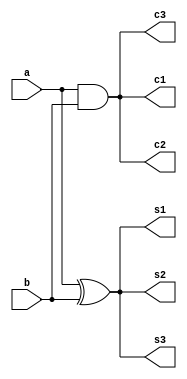
module half_adder(a,b,s1,c1,s2,c2,s3,c3);
  
    input wire a,b;
    output reg s1,c1,s2,c2;
    output s3,c3;
  
  xor X1(s1,a,b);   
 and X2(c1,a,b);
  
  assign s3 = a ^ b;     
  assign c3 = a & b;
  
  
 always @(a,b)      
    begin
      
      s2=a^b;
      c2=a&b;
      
    end
  
  
endmodule